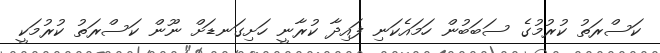
ކަސްރަތު ކުރުމުގެ ސަބަބުން ހަމައެކަނި ފައިދާ ކުރާނީ ހަށިގަނޑަށް ނޫން ކަސްރަތު ކުރުމަކީ